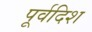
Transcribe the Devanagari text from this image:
पूर्वदिश